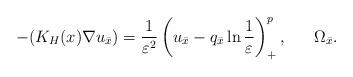
LaTeX: \begin{align*}-(K_H(x)\nabla u_{\bar{x}})=\frac{1}{\varepsilon^2} \left( u_{\bar{x}}-q_{\bar{x}}\ln\frac{1}{\varepsilon}\right) ^{p}_+,\ \ \ \ \ \Omega_{\bar{x}}.\end{align*}